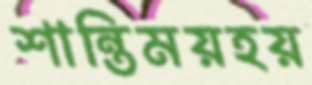
শান্তিময়হয়